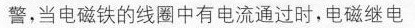
警，当电磁铁的线圈中有电流通过时，电磁继电